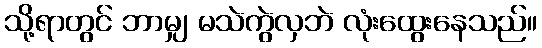
သို့ရာတွင် ဘာမျှ မသဲကွဲလှဘဲ လုံးထွေးနေသည်။